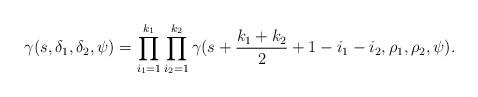
LaTeX: \begin{align*}\gamma(s,\delta_1,\delta_2,\psi)=\prod_{i_1=1}^{k_1}\prod_{i_2=1}^{k_2} \gamma( s+\frac{k_1+k_2}2+1-i_1-i_2,\rho_1,\rho_2,\psi).\end{align*}